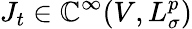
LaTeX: J_{t}\in\mathbb{C}^{\infty}(V,L_{\sigma}^{p})